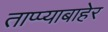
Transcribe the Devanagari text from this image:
ताप्प्याबाहेर